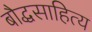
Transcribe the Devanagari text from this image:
बौद्धसाहित्य